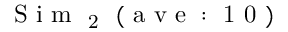
\mathrm { ~ S ~ i ~ m ~ } _ { \mathrm { ~ 2 ~ } } \mathrm { ~ ( ~ a ~ v ~ e ~ : ~ 1 ~ 0 ~ ) ~ }